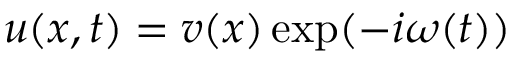
u ( x , t ) = v ( x ) \exp ( - i \omega ( t ) )